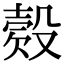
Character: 𣪳